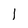
Character: 1